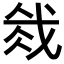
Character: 𫻰